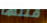
قلتها